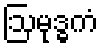
ဩမုဒ္ဓကံ